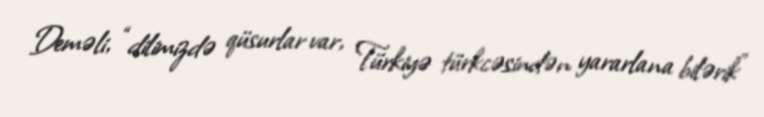
Deməli, “dilimizdə qüsurlar var, Türkiyə türkcəsindən yararlana bilərik”